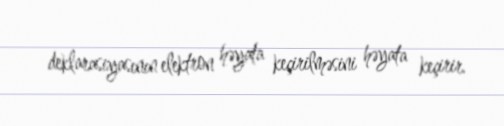
deklarasiyasının elektron həyata keçirilməsini həyata keçirir.